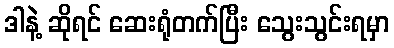
ဒါနဲ့ ဆိုရင် ဆေးရုံတက်ပြီး သွေးသွင်းရမှာ